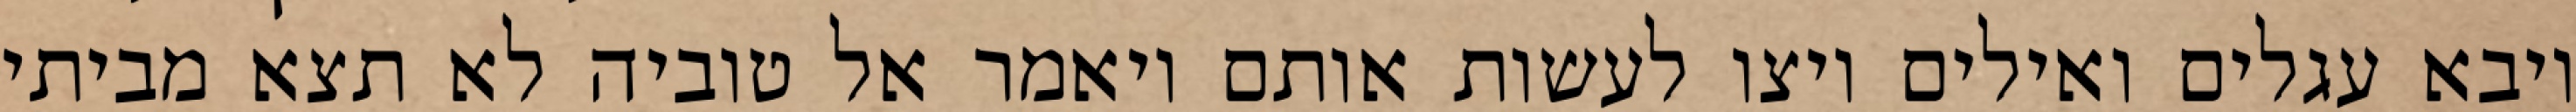
ויבא עגלים ואילים ויצו לעשות אותם ויאמר אל טוביה לא תצא מביתי